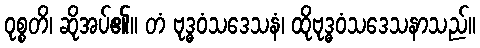
ဝုစ္စတိ၊ ဆိုအပ်၏။ တံ ဗုဒ္ဓဝံသဒေသနံ၊ ထိုဗုဒ္ဓဝံသဒေသနာသည်။